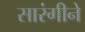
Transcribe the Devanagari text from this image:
सारंगीने